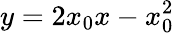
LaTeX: y=2x_{0}x-x_{0}^{2}